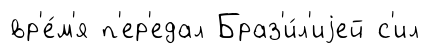
вр'е́м'я п'ер'едал Браз'и́л'иjей с'ил